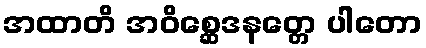
အထာတိ အဝိစ္ဆေဒနတ္တေ ပါတော